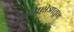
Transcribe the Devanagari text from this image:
नेमक्षेत्रातून